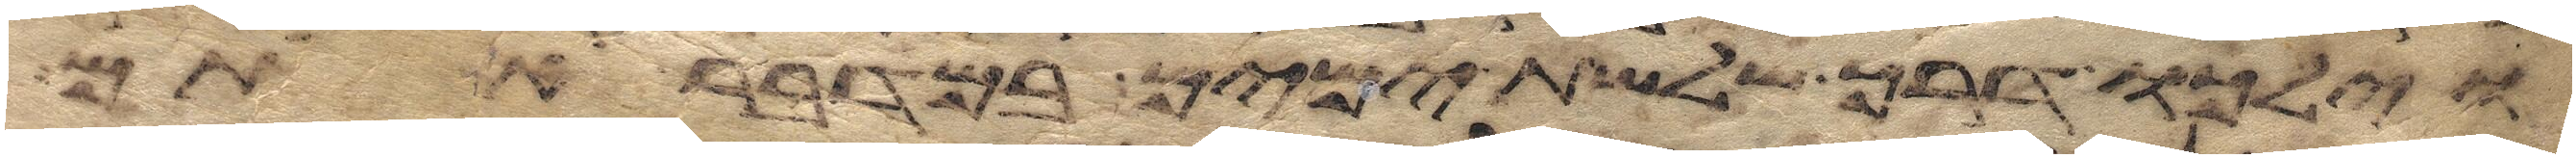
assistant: וילכו דרך שלשת ימים במדבר אתם